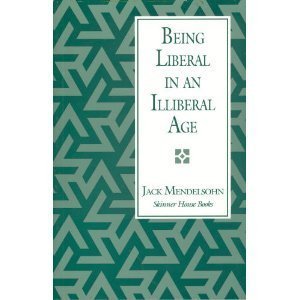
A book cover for Being Liberal in an Illiberal Age: Why I Am a Unitarian Universalist; Jack Mendelsohn; Religion & Spirituality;